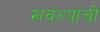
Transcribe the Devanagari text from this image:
खवल्यांची